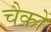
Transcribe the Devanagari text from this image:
चैकों